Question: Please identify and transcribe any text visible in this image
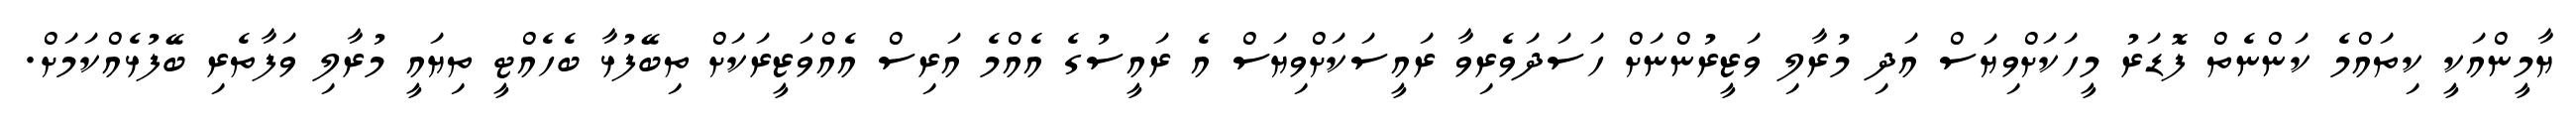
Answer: ޔާމީންއަކީ ކިތައްމެ ކަންނެތް ފޮޑަރު މީހަކަށްވިޔަސް އަދި މުރާލި ވަޒީރުންނަށް ހަސަދަވެރިވާ ރައީސަކަށްވިޔަސް އެ ރައީސުގެ އެއްމެ އަރިސް އެއްވަޒީރަކަށް ތިބޭފުޅާ ބެހެއްޓީ ތިޔައީ މުރާލި ވަފާތެރި ބޭފުޅެއްކަމަށް.